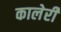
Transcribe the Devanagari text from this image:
कालेरी